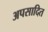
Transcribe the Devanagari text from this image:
अपसादित